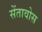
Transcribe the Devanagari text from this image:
सेंतावोस